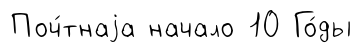
Поч́тнаjа начало 10 Го́ды